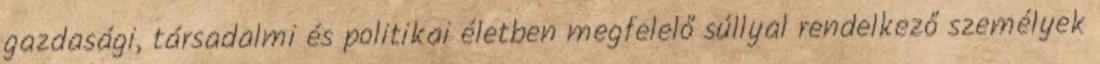
gazdasági, társadalmi és politikai életben megfelelő súllyal rendelkező személyek